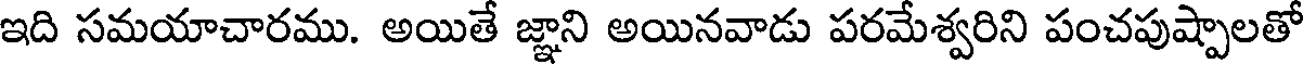
ఇది సమయాచారము. అయితే జ్ఞాని అయినవాడు పరమేశ్వరిని పంచపుష్పాలతో